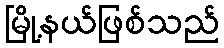
မြို့နယ်ဖြစ်သည်